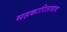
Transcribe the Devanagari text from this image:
सहकारितावाद